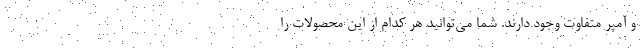
و آمپر متفاوت وجود دارند. شما می‌توانید هر کدام از این محصولات را